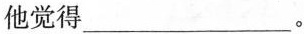
他觉得___。